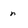
Character: n